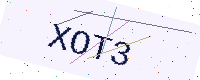
Text: XOT3